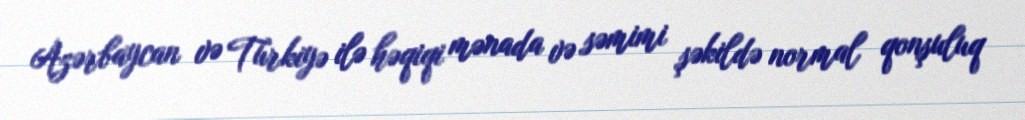
Azərbaycan və Türkiyə ilə həqiqi mənada və səmimi şəkildə normal qonşuluq